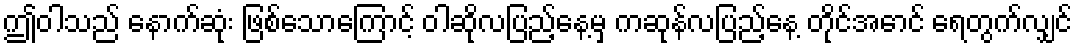
ဤဝါသည် နောက်ဆုံး ဖြစ်သောကြောင့် ဝါဆိုလပြည့်နေ့မှ ကဆုန်လပြည့်နေ့ တိုင်အောင် ရေတွက်လျှင်